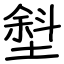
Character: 㙦